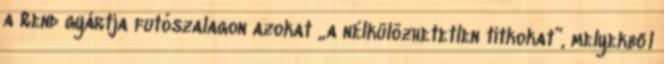
a Rend gyártja fu­tó­szalagon azokat „a nélkülözhetetlen titkokat”, melyekből